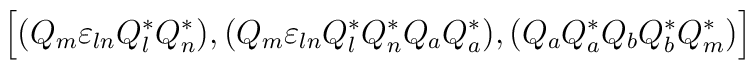
\Bigr[(Q_{m}{\varepsilon}_{ln}Q_{l}^{*}Q_{n}^{*}),(Q_{m}{\varepsilon}_{ln}Q_{l}^{*}Q_{n}^{*}Q_{a}Q_{a}^{*}),(Q_{a}Q_{a}^{*}Q_{b}Q_{b}^{*}Q_{m}^{*})\Bigl]